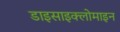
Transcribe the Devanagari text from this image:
डाइसाइक्लोमाइन